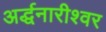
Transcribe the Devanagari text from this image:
अर्द्धनारीश्वर